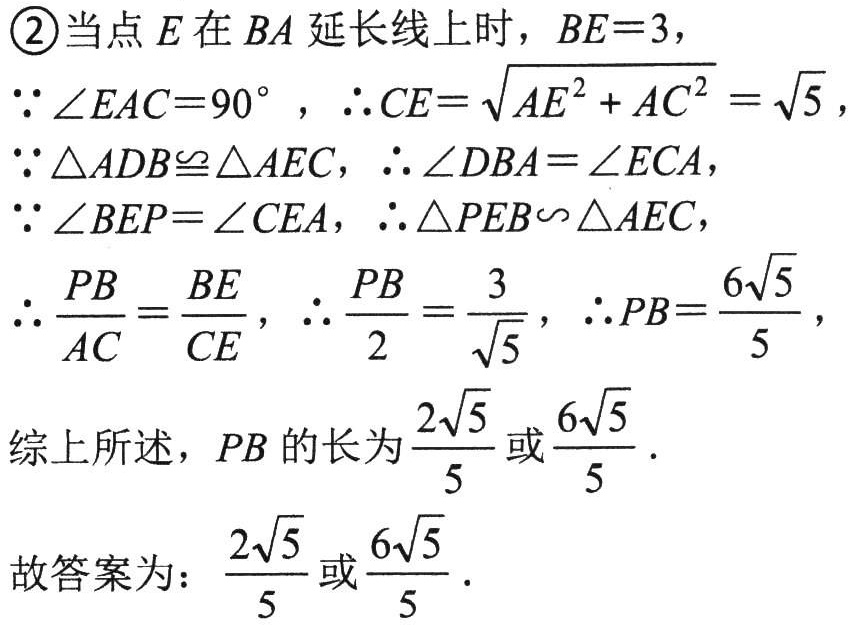
\textcircled{2}当点 \(E\) 在 \(BA\) 延长线上时，\(BE = 3\)，
\(\because\angle EAC = 90^{\circ}\)，\(\therefore CE=\sqrt{AE^{2}+AC^{2}}=\sqrt{5}\)，
\(\because\triangle ADB\cong\triangle AEC\)，\(\therefore\angle DBA=\angle ECA\)，
\(\because\angle BEP=\angle CEA\)，\(\therefore\triangle PEB\sim\triangle AEC\)，
\(\therefore\frac{PB}{AC}=\frac{BE}{CE}\)，\(\therefore\frac{PB}{2}=\frac{3}{\sqrt{5}}\)，\(\therefore PB = \frac{6\sqrt{5}}{5}\)，
综上所述，\(PB\) 的长为\(\frac{2\sqrt{5}}{5}\)或\(\frac{6\sqrt{5}}{5}\)．
故答案为：\(\frac{2\sqrt{5}}{5}\)或\(\frac{6\sqrt{5}}{5}\)．